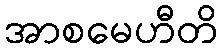
အာစမေဟီတိ